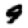
Digit: 9